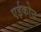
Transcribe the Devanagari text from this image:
एईकोन